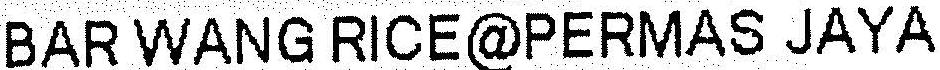
BAR WANG RICE@PERMAS JAYA